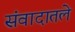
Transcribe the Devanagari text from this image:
संवादातले